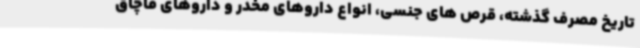
تاریخ مصرف گذشته، قرص های جنسی، انواع داروهای مخدر و داروهای قاچاق